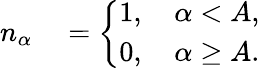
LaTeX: \begin{array}{rl}{n_{\alpha}}&{{}=\left\{ \begin{array}{ll}{1,\quad\alpha<A,}\\ {0,\quad\alpha\ge A.}\end{array}\right.}\end{array}